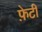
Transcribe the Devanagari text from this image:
फ़ेटी